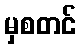
မှစတင်